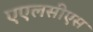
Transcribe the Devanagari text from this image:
एएलसीएस